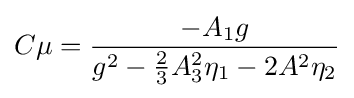
C\mu ={\frac {-A_{1}g}{g^{2}-{\frac {2}{3}}A_{3}^{2}\eta _{1}-2A^{2}\eta _{2}}}